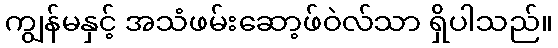
ကျွန်မနှင့် အသံဖမ်းဆော့ဖ်ဝဲလ်သာ ရှိပါသည်။